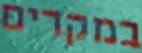
במקרים